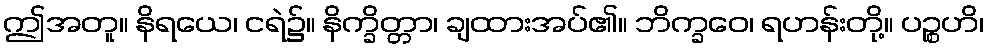
ဤအတူ။ နိရယေ၊ ငရဲ၌။ နိက္ခိတ္တာ၊ ချထားအပ်၏။ ဘိက္ခဝေ၊ ရဟန်းတို့။ ပဉ္စဟိ၊